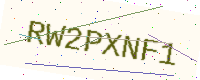
Text: RW2PXNF1